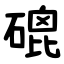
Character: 磇